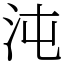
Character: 沌